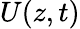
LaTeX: U(z,t)